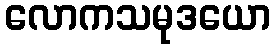
လောကသမုဒယော